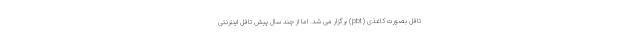
تافل بصورت کاغذی (pbt) برگزار می شد. اما از چند سال پیش تافل اینترنتی